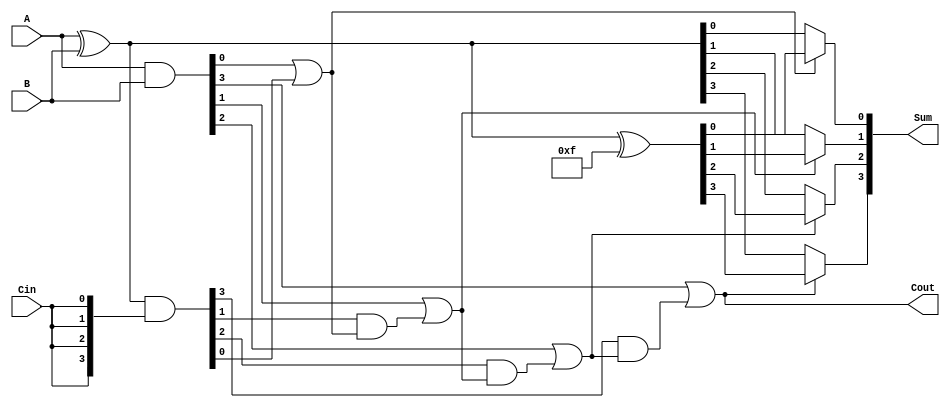
module ConditionalSumAdder #(parameter N = 4) (
    input  [N-1:0] A,     // First n-bit input
    input  [N-1:0] B,     // Second n-bit input
    input          Cin,    // Carry-in
    output [N-1:0] Sum,    // n-bit sum output
    output         Cout     // Carry-out output
);
    wire [N-1:0] S0; // Sum assuming carry-in is 0
    wire [N-1:0] S1; // Sum assuming carry-in is 1
    wire [N-1:0] C0; // Carry generated when both bits are 1
    wire [N-1:0] C1; // Carry generated from the sum when Cin is 1
    wire [N-1:0] Carry; // Carry signals for selection

    // Partial sum calculations
    assign S0 = A ^ B;            // S0[i] = A[i]  B[i]  0
    assign S1 = S0 ^ {N{1'b1}};   // S1[i] = A[i]  B[i]  1

    // Carry generation
    assign C0 = A & B;            // C0[i] = A[i] & B[i]
    assign C1 = S0 & {N{Cin}};    // C1[i] = (A[i]  B[i]) & Cin

    // Carry propagation
    generate
        genvar i;
        for (i = 0; i < N; i = i + 1) begin : carry_logic
            if (i == 0) begin
                assign Carry[i] = C0[i] | C1[i]; // For the first bit
            end else begin
                assign Carry[i] = C0[i] | (C1[i] & Carry[i-1]); // Propagate carry
            end
        end
    endgenerate

    // Final sum selection
    generate
        for (i = 0; i < N; i = i + 1) begin : sum_selection
            assign Sum[i] = Carry[i] ? S1[i] : S0[i]; // Select S0 or S1 based on carry
        end
    endgenerate

    // Final carry-out
    assign Cout = Carry[N-1]; // The final carry-out is the last carry signal

endmodule